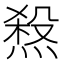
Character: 𤍁